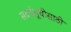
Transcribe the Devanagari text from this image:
संदर्भसूचीसाठी